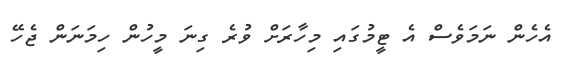
އެހެން ނަމަވެސް އެ ޓީމުގައި މިހާރަށް ވުރެ ގިނަ މީހުން ހިމަނަން ޖެހޭ